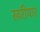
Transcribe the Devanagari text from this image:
खरीयार